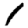
Digit: 1